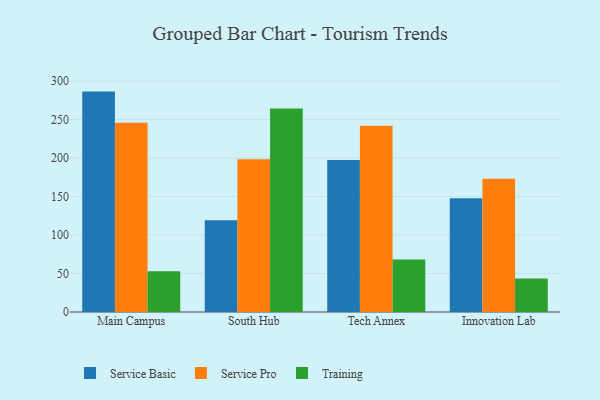
{"axis": {"x": "Campus", "y": "Gross Profit (USD K)"}, "legend": ["Service Basic", "Service Pro", "Training"], "data": [{"x": "Main Campus", "y": 286.3, "type": "Service Basic"}, {"x": "Main Campus", "y": 245.8, "type": "Service Pro"}, {"x": "Main Campus", "y": 52.8, "type": "Training"}, {"x": "South Hub", "y": 119.2, "type": "Service Basic"}, {"x": "South Hub", "y": 198.3, "type": "Service Pro"}, {"x": "South Hub", "y": 264.4, "type": "Training"}, {"x": "Tech Annex", "y": 197.5, "type": "Service Basic"}, {"x": "Tech Annex", "y": 242.1, "type": "Service Pro"}, {"x": "Tech Annex", "y": 68.1, "type": "Training"}, {"x": "Innovation Lab", "y": 147.9, "type": "Service Basic"}, {"x": "Innovation Lab", "y": 173.2, "type": "Service Pro"}, {"x": "Innovation Lab", "y": 43.5, "type": "Training"}]}